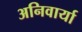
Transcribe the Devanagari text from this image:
अनिवार्या